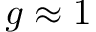
g \approx 1